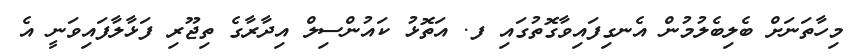
މިހާތަނަށް ބެލިބެލުމުން އެނގިފައިވާގޮތުގައި ފ. އަތޮޅު ކައުންސިލް އިދާރާގެ ތިޖޫރި ފަޅާލާފައިވަނީ އެ